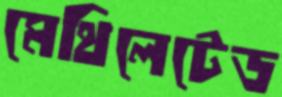
মেথিলেটেড